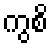
ကွစိ